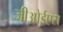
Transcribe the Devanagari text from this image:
जीओईएस